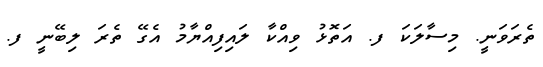
ތެރަވަނީ. މިސާލަކަ ފ. އަތޮޅު ވިއްކާ ލައިފިއްޔާމު އެގޭ ތެރަ ލިބޭނީ ފ.